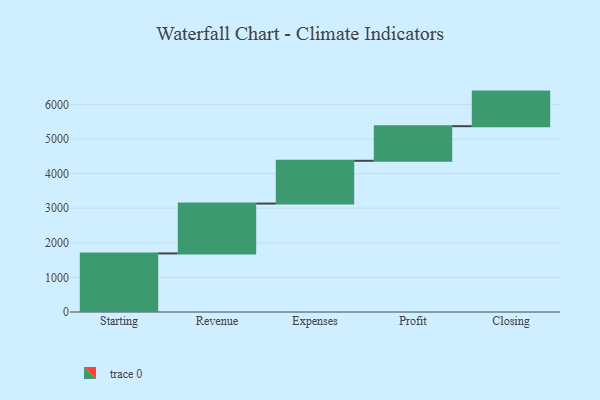
{"axis": {"x": "Step", "y": "Value"}, "legend": [""], "data": [{"x": "Starting", "y": 1693.0, "type": ""}, {"x": "Revenue", "y": 1442.0, "type": ""}, {"x": "Expenses", "y": 1236.0, "type": ""}, {"x": "Profit", "y": 1000, "type": ""}, {"x": "Closing", "y": 1000, "type": ""}]}